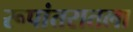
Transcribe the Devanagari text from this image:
रूपांतरातला